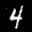
Label: 4